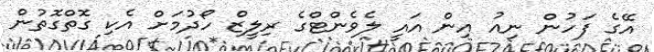
އޭގެ ފަހުން ނިއު އިން އައީ ލެވެންޓްގެ ރިލީޒް ހޯދުމަށް އެކި ގޮތްގޮތުން